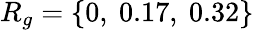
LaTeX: R_{g}=\{ 0,\ 0.17,\ 0.32\}